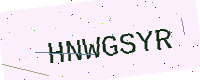
Text: HNWGSYR